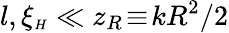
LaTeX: l,\xi_{{\scriptscriptstyle H}}\ll z_{R}\! \equiv\! kR^{2}/2